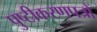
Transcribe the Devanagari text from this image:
पुष्टीकरणपत्रों